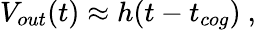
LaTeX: V_{out}(t)\approx h(t-t_{cog})~,